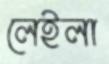
লেইলা